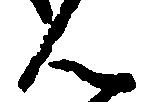
ん